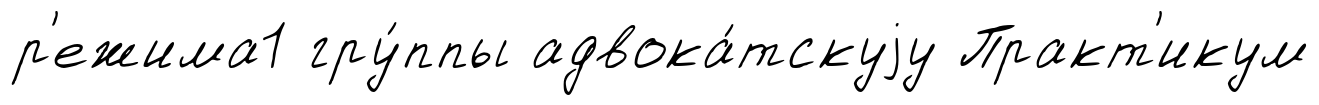
р'ежима1 гру́ппы адвока́тскуjу Практ'икум